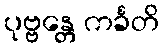
ပုဗ္ဗန္တေ ကင်္ခတိ